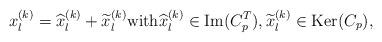
LaTeX: \begin{align*} x_l^{(k)}= \widehat x_l^{(k)} + \widetilde x_l^{(k)}\hbox{with}\widehat x_l^{(k)} \in \hbox{Im}(C_p^T),\widetilde x_l^{(k)}\in \hbox{Ker}(C_p),\end{align*}